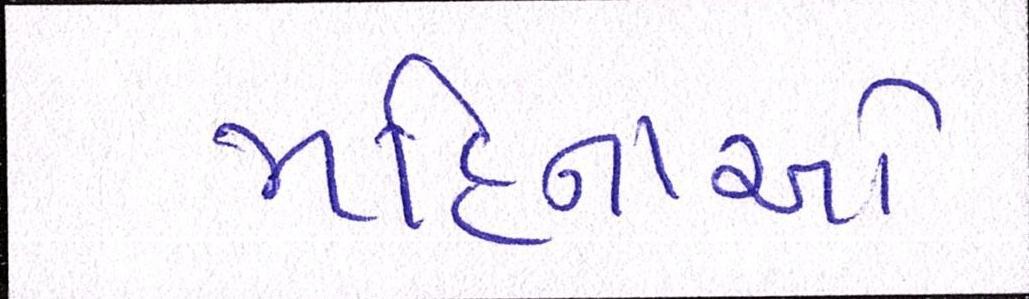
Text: મહિનાઓ